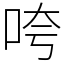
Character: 咵